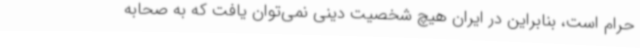
حرام است، بنابراین در ایران هیچ شخصیت دینی نمی‌توان یافت که به صحابه